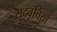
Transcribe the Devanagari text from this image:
सदवृत्तियों